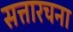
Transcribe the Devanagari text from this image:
सत्तारचना